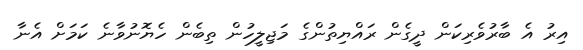
އިރު އެ ބާރުވެރިކަން ދީގެން ރައްޔިތުންގެ މަޖިލީހުން ތިބެން ހެޔޮނުވާނެ ކަމަށް އެނާ